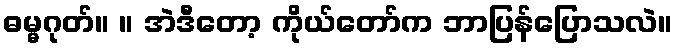
ဓမ္မဂုတ်။ ။ အဲဒီတော့ ကိုယ်တော်က ဘာပြန်ပြောသလဲ။